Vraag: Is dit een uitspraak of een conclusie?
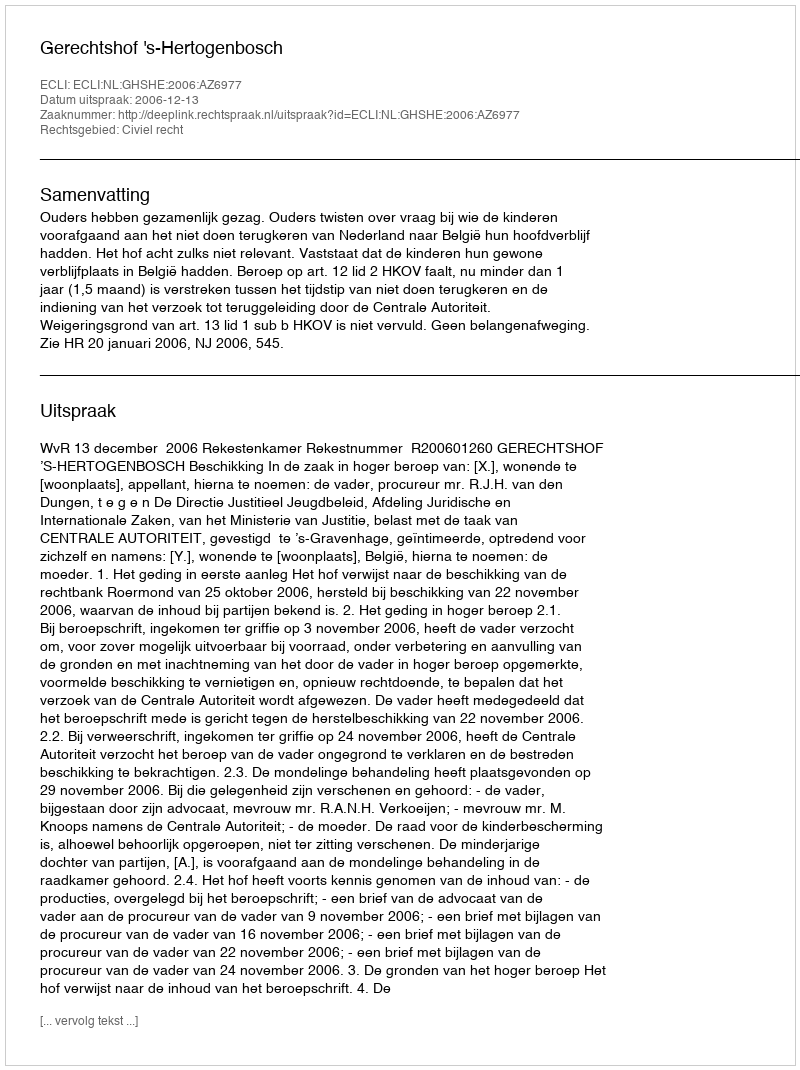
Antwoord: Uitspraak